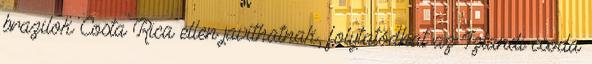
brazilok Costa Rica ellen javíthatnak, folytatódhat az Izlandi csoda